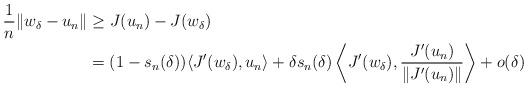
LaTeX: \begin{align*} \frac{1}{n} \|w_{\delta} - u_n\| &\geq J(u_n) - J(w_{\delta})\\ &=(1-s_n(\delta)) \langle J'(w_{\delta}),u_n \rangle + \delta s_n(\delta) \left\langle J'(w_{\delta}), \frac{J'(u_n)}{\|J'(u_n)\|} \right\rangle +o(\delta) \end{align*}